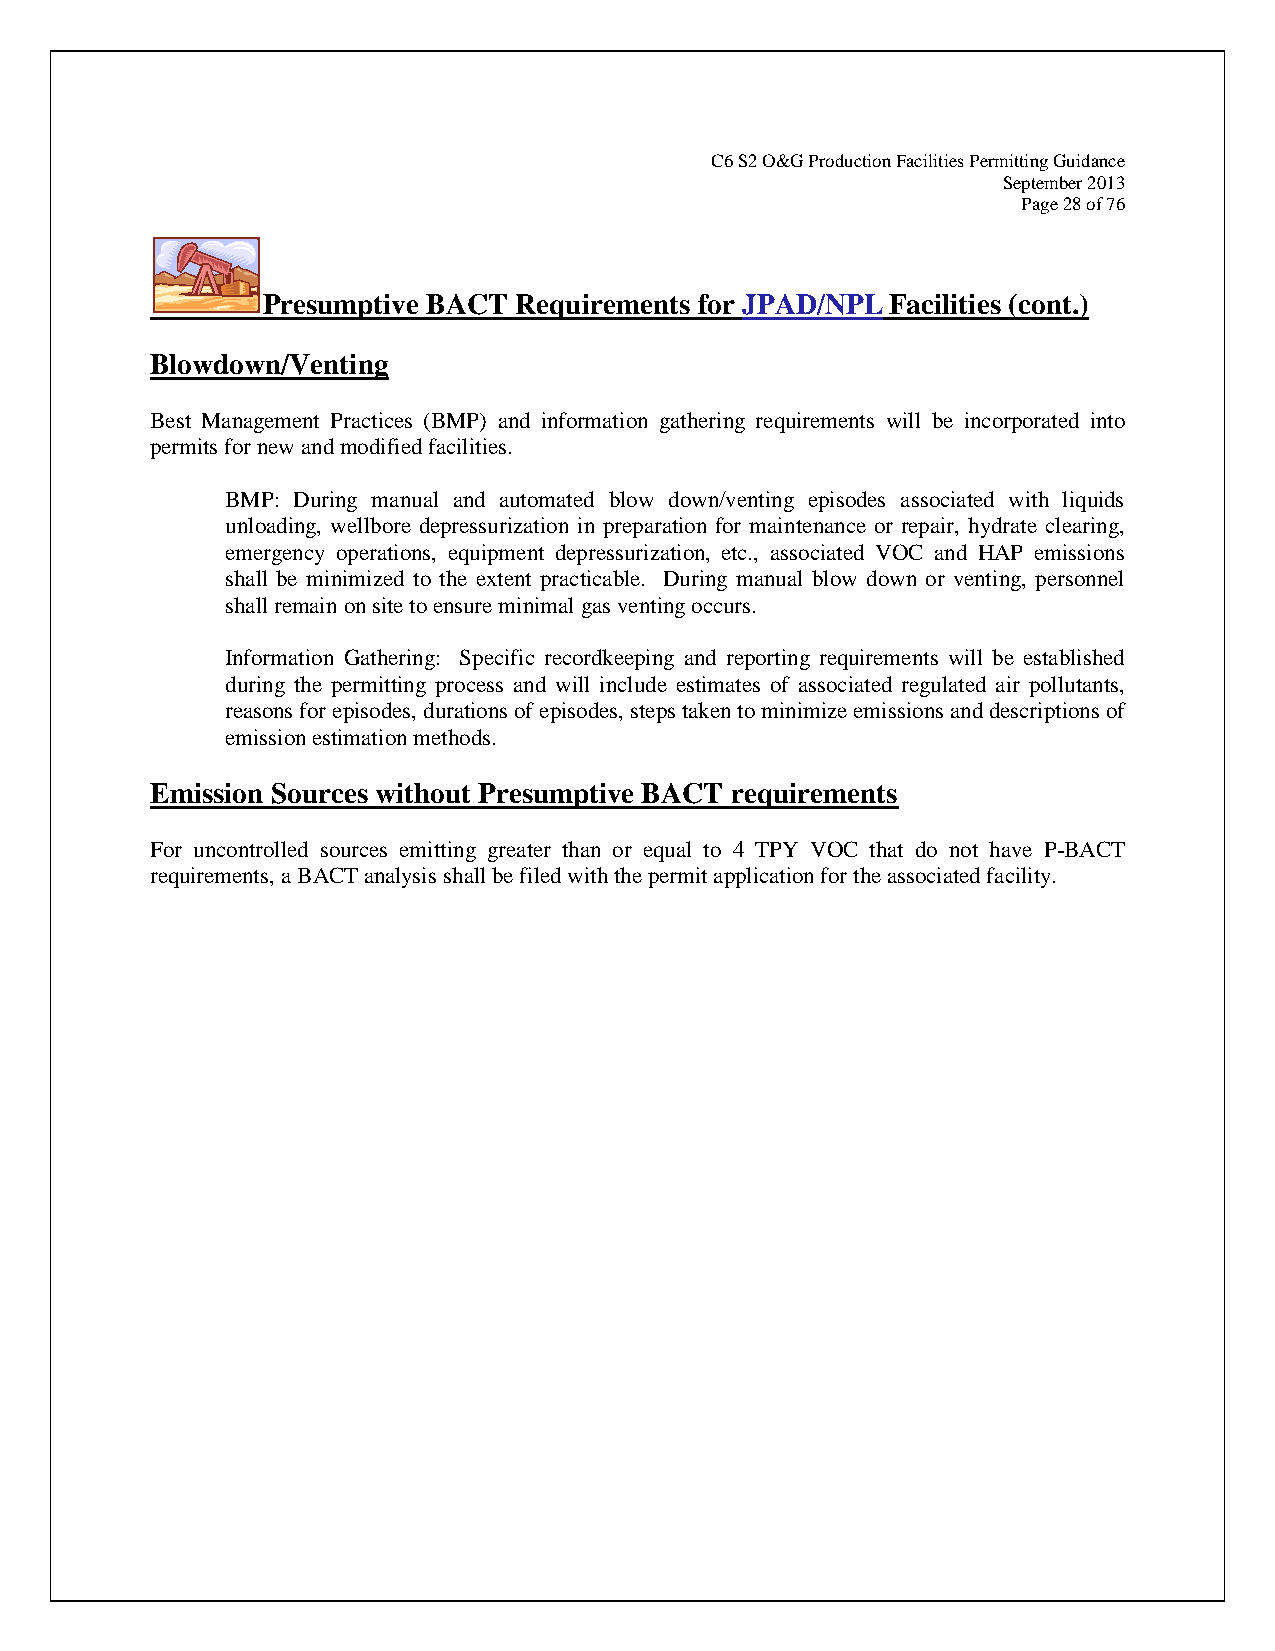
C6 S2 O&G Production Facilities Permitting Guidance
 September 2013
 Page 28 of 76
 Presumptive BACT Requirements for JPAD/NPL Facilities (cont.)
 Blowdown/Venting
 Best Management Practices (BMP) and information gathering requirements will be incorporated into
 permits for new and modified facilities.
 BMP: During manual and automated blow down/venting episodes associated with liquids
 unloading, wellbore depressurization in preparation for maintenance or repair, hydrate clearing,
 emergency operations, equipment depressurization, etc., associated VOC and HAP emissions
 shall be minimized to the extent practicable. During manual blow down or venting, personnel
 shall remain on site to ensure minimal gas venting occurs.
 Information Gathering: Specific recordkeeping and reporting requirements will be established
 during the permitting process and will include estimates of associated regulated air pollutants,
 reasons for episodes, durations of episodes, steps taken to minimize emissions and descriptions of
 emission estimation methods.
 Emission Sources without Presumptive BACT requirements
 For uncontrolled sources emitting greater than or equal to 4 TPY VOC that do not have P-BACT
 requirements, a BACT analysis shall be filed with the permit application for the associated facility.